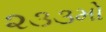
૨૩૩મો